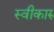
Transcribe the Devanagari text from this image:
स्वीकारु